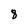
Character: 8